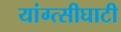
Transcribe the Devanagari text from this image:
यांग्त्सीघाटी